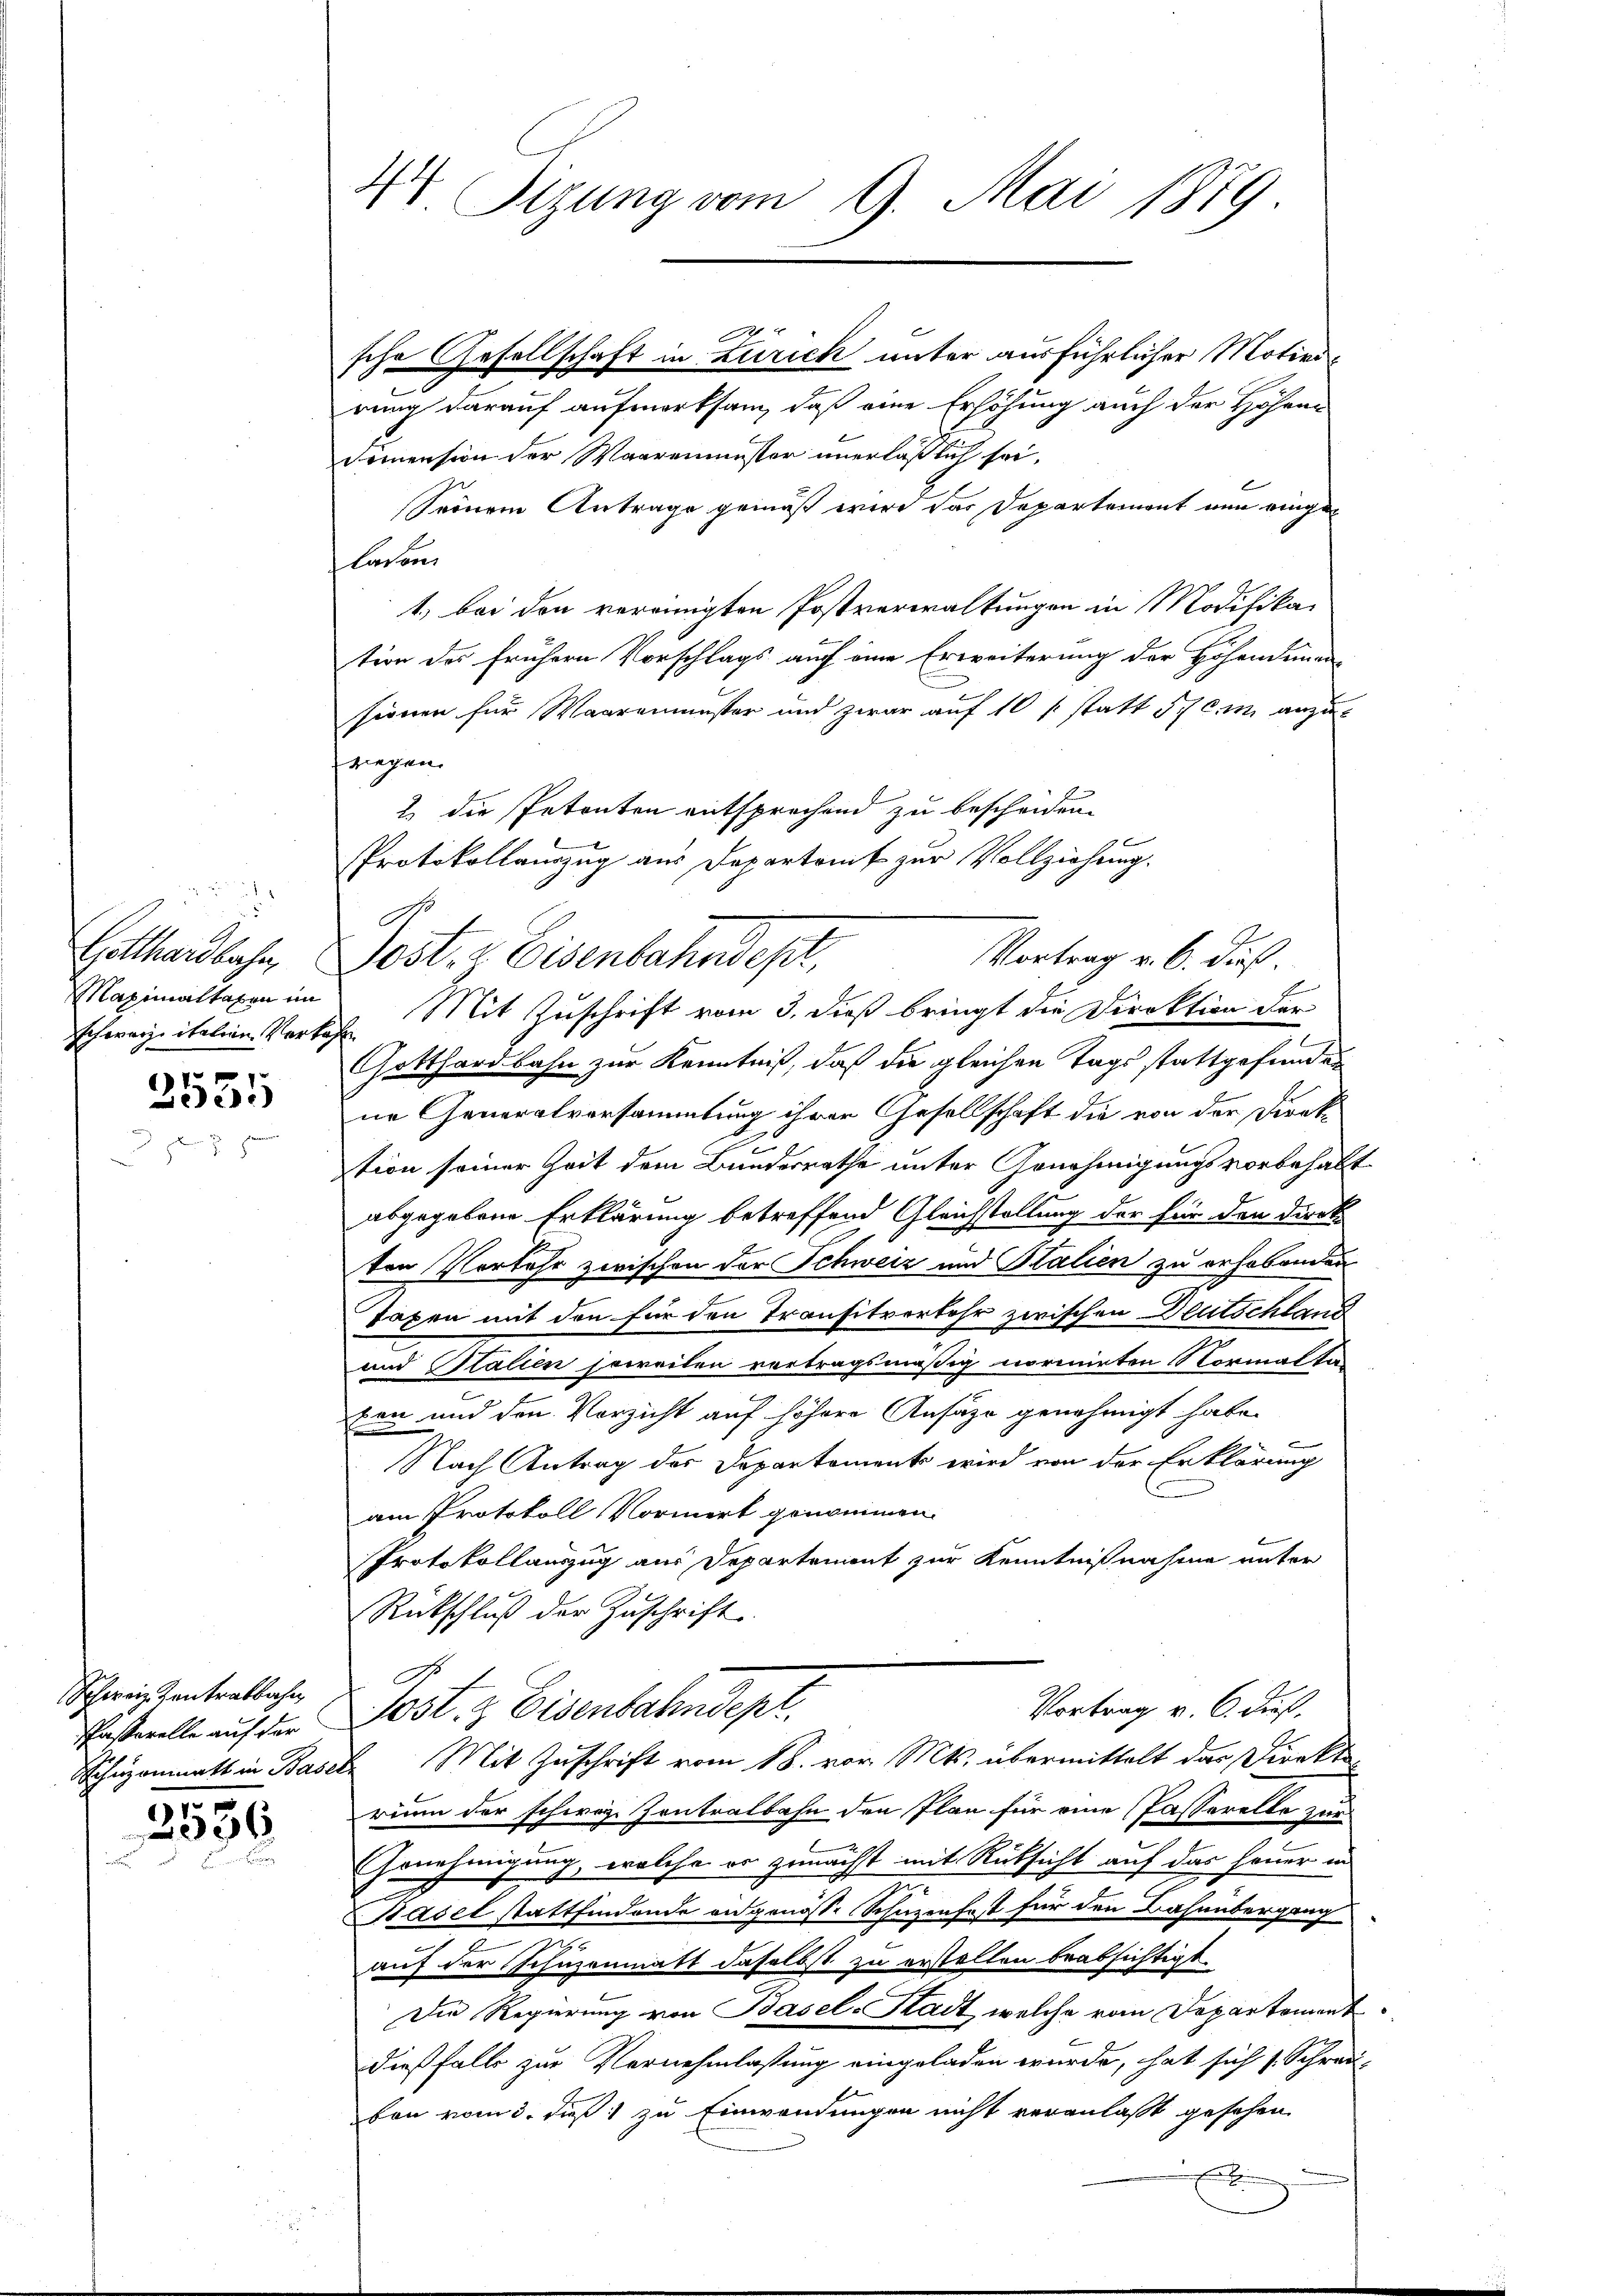
Schwarz italien Verlas

17
ee)

Schweiz Zentralbahn
schafterelle auf der

12 x
326
u

4 Sitzung vom 9. Mai 1879.

sche Gesellschaft in Zürich unter ausführlicher Motivirung darauf aufmerksam, daß eine Erhöhung auch der Höhen¬
Damension der Waarenmuster unerläßlich sei.
Seinem Antrage gemäß wird das Departement nun eingebarten
1.) bei den vereinigten Postverwaltungen in Modifika-
tion des frühern Vorschlags auch eine Erweiterung der Hohendenen
sionen für Waarenmuster und zwar auf 10 statt Ich ein anzuriegen.
2. die Petenten entsprechend zu bescheiden.
Protokollauszug aus Departamt zur Vollziehung.
A.
Vortrag v. 6. dieß.
Gotthardbahn, Jost v. Eisenbahndept,
Maximaltaxen im Mit Zuschrift vom 3. dieß bringt die Direktion der
Gotthardbahn zur Kenntniß, daß die gleichen Tags stattgefunden
ne Generalversammlung ihren Gesellschaft die von der Direk
tion seiner Zeit dem Bundesrathe unter Genehmigungsvorbehalt
abgegebene Erklärung betreffend Gleichstellung der für den Direkten Vorkehr zwischen der Schweiz und Stalien zu erhobenden
Taxen mit den für den Transitverkehr zwischen Deutschland
und Stalien jeweilen vertragsmäßig normirten Normalta
ten und den Verzicht auf höhere Ansätze genehmigt habe.
Nach Antrag der Departements wird von der Erklärung
am Protokoll Normerk genommen.
Protokollauszug aus Departement zur Kenntnißnahme unter
Rückschluß der Zuschrift
Do
Vortrag v. 6. dieß,
Jost & Eisenbahndepr
Schuzammatt in Basel Mit Zuschrift vom 18. vor. Mts. übermittelt das Direktirium der schwarze Zentralbahn den Plan für eine Passerelle zur
Genehmigung, welche er zunächst mit Rücksicht auf das Feuer in
Basel stattfindende angenösse Schuzenfest für den Bahnübergang
auf der Schüzenmatt daselbst zu erstellen beabsichtigt.
Die Regierung von Basel-Stadt, welche vom Departement
dießfalls zur Vernehmlassung eingeladen wurde, hat sich s. Schrau-
bon vom 3. dieß zu Einwendungen nicht veranlaßt gesehen